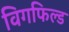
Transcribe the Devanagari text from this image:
विगफिल्ड